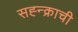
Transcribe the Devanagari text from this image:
सह्न्क्राची